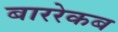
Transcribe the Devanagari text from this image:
बाररेकब